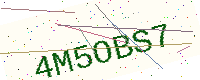
Text: 4M5OBS7